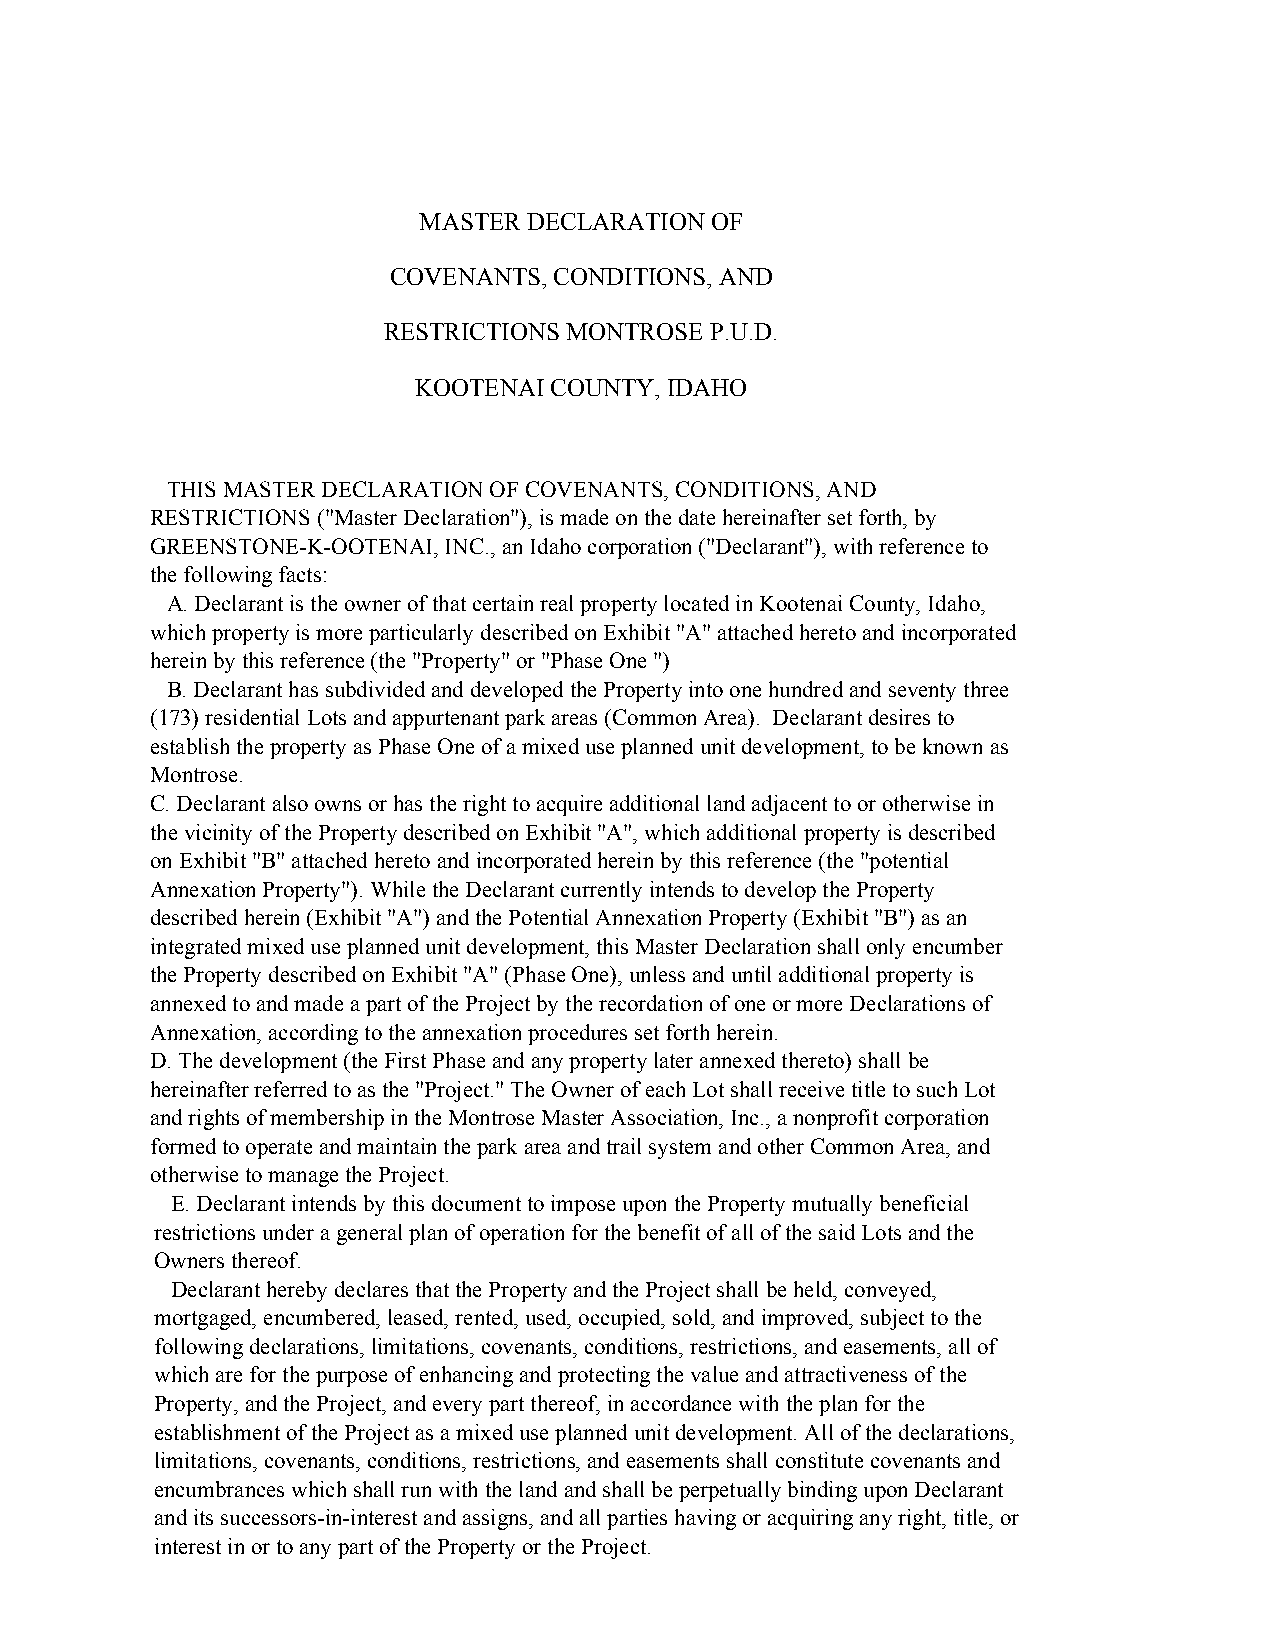
MASTER DECLARATION OF
 COVENANTS, CONDITIONS, AND
 RESTRICTIONS MONTROSE P.U.D.
 KOOTENAI COUNTY, IDAHO
 THIS MASTER DECLARATION OF COVENANTS, CONDITIONS, AND
 RESTRICTIONS ("Master Declaration"), is made on the date hereinafter set forth, by
 GREENSTONE-K-OOTENAI, INC., an Idaho corporation ("Declarant"), with reference to
 the following facts:
 A. Declarant is the owner of that certain real property located in Kootenai County, Idaho,
 which property is more particularly described on Exhibit "A" attached hereto and incorporated
 herein by this reference (the "Property" or "Phase One ")
 B. Declarant has subdivided and developed the Property into one hundred and seventy three
 (173) residential Lots and appurtenant park areas (Common Area). Declarant desires to
 establish the property as Phase One of a mixed use planned unit development, to be known as
 Montrose.
 C. Declarant also owns or has the right to acquire additional land adjacent to or otherwise in
 the vicinity of the Property described on Exhibit "A", which additional property is described
 on Exhibit "B" attached hereto and incorporated herein by this reference (the "potential
 Annexation Property"). While the Declarant currently intends to develop the Property
 described herein (Exhibit "A") and the Potential Annexation Property (Exhibit "B") as an
 integrated mixed use planned unit development, this Master Declaration shall only encumber
 the Property described on Exhibit "A" (Phase One), unless and until additional property is
 annexed to and made a part of the Project by the recordation of one or more Declarations of
 Annexation, according to the annexation procedures set forth herein.
 D. The development (the First Phase and any property later annexed thereto) shall be
 hereinafter referred to as the "Project." The Owner of each Lot shall receive title to such Lot
 and rights of membership in the Montrose Master Association, Inc., a nonprofit corporation
 formed to operate and maintain the park area and trail system and other Common Area, and
 otherwise to manage the Project.
 E. Declarant intends by this document to impose upon the Property mutually beneficial
 restrictions under a general plan of operation for the benefit of all of the said Lots and the
 Owners thereof.
 Declarant hereby declares that the Property and the Project shall be held, conveyed,
 mortgaged, encumbered, leased, rented, used, occupied, sold, and improved, subject to the
 following declarations, limitations, covenants, conditions, restrictions, and easements, all of
 which are for the purpose of enhancing and protecting the value and attractiveness of the
 Property, and the Project, and every part thereof, in accordance with the plan for the
 establishment of the Project as a mixed use planned unit development. All of the declarations,
 limitations, covenants, conditions, restrictions, and easements shall constitute covenants and
 encumbrances which shall run with the land and shall be perpetually binding upon Declarant
 and its successors-in-interest and assigns, and all parties having or acquiring any right, title, or
 interest in or to any part of the Property or the Project.